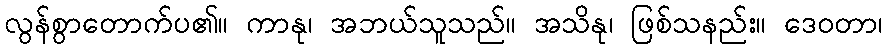
လွန်စွာတောက်ပ၏။ ကာနု၊ အဘယ်သူသည်။ အသိနု၊ ဖြစ်သနည်း။ ဒေဝတာ၊